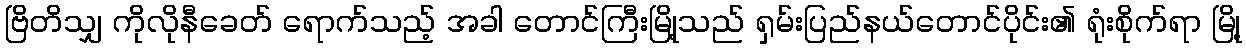
ဗြိတိသျှ ကိုလိုနီခေတ် ရောက်သည့် အခါ တောင်ကြီးမြို့သည် ရှမ်းပြည်နယ်တောင်ပိုင်း၏ ရုံးစိုက်ရာ မြို့